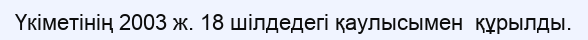
Үкіметінің 2003 ж. 18 шілдедегі қаулысымен  құрылды.